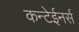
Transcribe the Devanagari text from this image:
कन्टेईनर्स